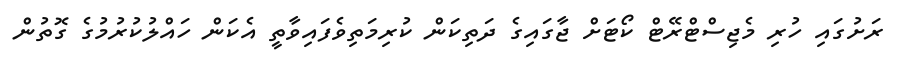
ރަށުގައި ހުރި މެޖިސްޓްރޭޓް ކޯޓަށް ޖާގައިގެ ދަތިކަން ކުރިމަތިވެފައިވާތީ އެކަން ހައްލުކުރުމުގެ ގޮތުން